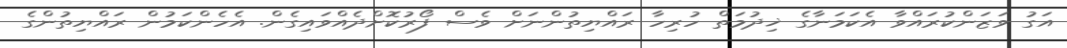
އަގު ވަޒަންކުރައްވާ އެކަމަނާގެ ޚިދުމަތް ހުރިހާ ރައްޔިތުންނަށް ވެސް ފޯރުކޮށްދެއްވައިގެން. އެހެންކަމުން ރައްޔިތުންގެ